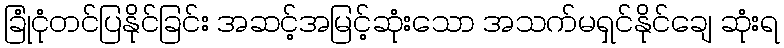
ခြုံငုံတင်ပြနိုင်ခြင်း အဆင့်အမြင့်ဆုံးသော အသက်မရှင်နိုင်ချေ ဆုံးရ